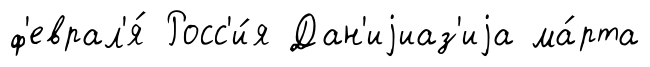
ф'еврал'я́ Росс'и́я Дан'иjиаз'иjа ма́рта